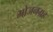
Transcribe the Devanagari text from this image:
भोजनग्रह